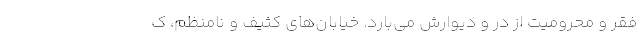
فقر و محرومیت از در و دیوارش می‌بارد. خیابان‌های کثیف و نامنظم، ک